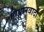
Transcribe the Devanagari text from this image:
विधानवादी